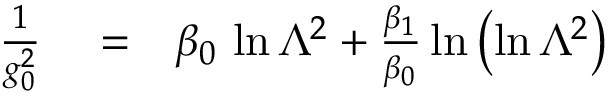
\begin{array} { r l r } { { \frac { 1 } { g _ { 0 } ^ { 2 } } } } & { { } = } & { \beta _ { 0 } \, \ln { \Lambda ^ { 2 } } + { \frac { \beta _ { 1 } } { \beta _ { 0 } } } \ln \left( \ln { \Lambda ^ { 2 } } \right) } \end{array}